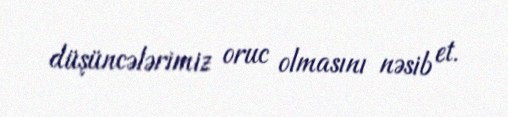
düşüncələrimiz oruc olmasını nəsib et.